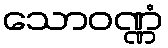
သောဝဏ္ဏံ